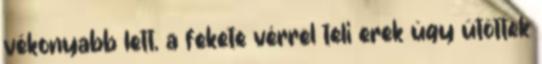
vékonyabb lett, a fekete vérrel teli erek úgy ütöttek